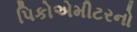
પિકોએમીટરનો